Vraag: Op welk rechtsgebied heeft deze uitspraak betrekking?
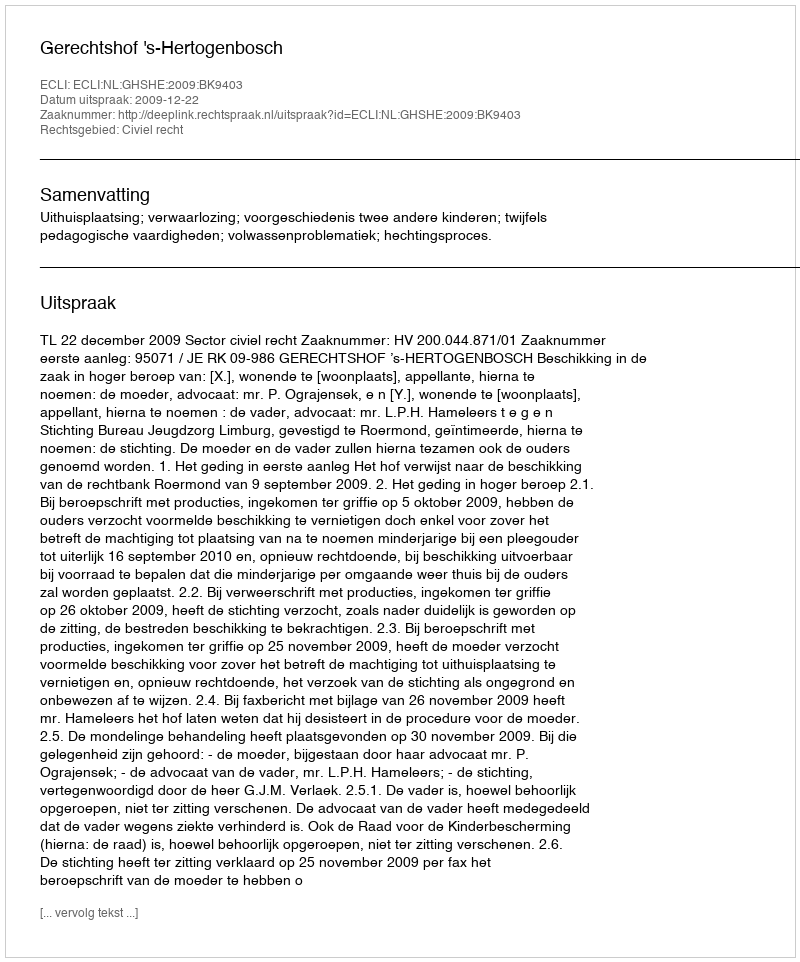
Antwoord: Civiel recht